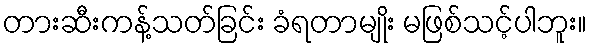
တားဆီးကန့်သတ်ခြင်း ခံရတာမျိုး မဖြစ်သင့်ပါဘူး။